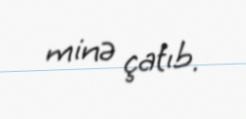
minə çatıb.